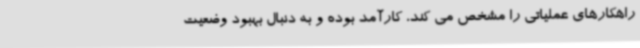
راهکارهای عملیاتی را مشخص می کند، کارآمد بوده و به دنبال بهبود وضعیت